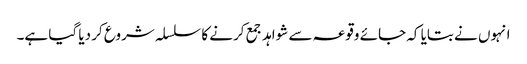
انہوں نے بتایا کہ جائے وقوعہ سے شواہد جمع کرنے کا سلسلہ شروع کر دیا گیا ہے۔